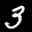
Label: 3